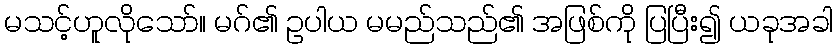
မသင့်ဟူလိုသော်။ မဂ်၏ ဥပါယ မမည်သည်၏ အဖြစ်ကို ပြပြီး၍ ယခုအခါ